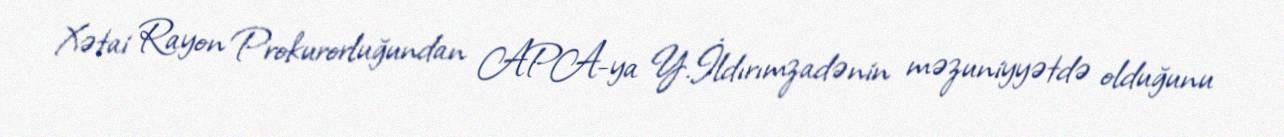
Xətai Rayon Prokurorluğundan APA-ya Y.İldırımzadənin məzuniyyətdə olduğunu